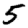
Digit: 5